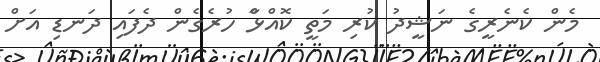
މެން ކެނެރީގެ ނަޝީދު ކުރި މަތީ ކޮއްޅާް ހުރެގެން ދެފައި ދަނޑި އަށް